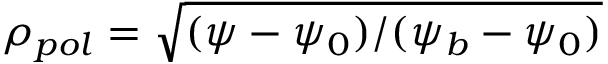
\rho _ { p o l } = \sqrt { ( \psi - \psi _ { 0 } ) / ( \psi _ { b } - \psi _ { 0 } ) }